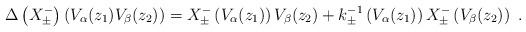
LaTeX: \begin{align*}\Delta \left(X^-_\pm\right)\left(V_\alpha(z_1)V_\beta(z_2)\right) =X^-_\pm\left(V_\alpha(z_1)\right)V_\beta(z_2) +k^{-1}_\pm\left(V_\alpha(z_1)\right)X^-_\pm\left(V_\beta(z_2)\right){}~.\end{align*}